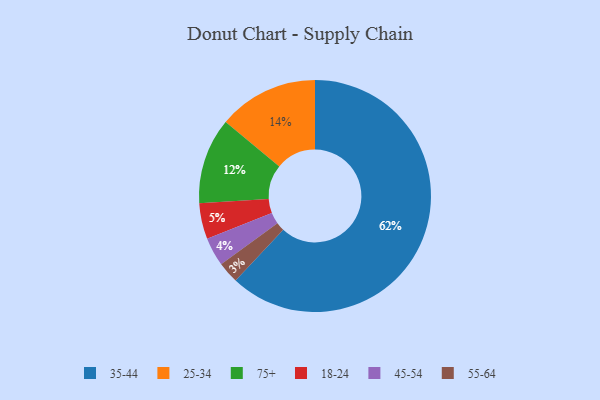
{"axis": {"x": "Category", "y": "Percentage"}, "legend": ["18-24", "25-34", "35-44", "45-54", "55-64", "75+"], "data": [{"x": "45-54", "y": 4, "type": "45-54"}, {"x": "25-34", "y": 14, "type": "25-34"}, {"x": "55-64", "y": 3, "type": "55-64"}, {"x": "18-24", "y": 5, "type": "18-24"}, {"x": "35-44", "y": 62, "type": "35-44"}, {"x": "75+", "y": 12, "type": "75+"}]}